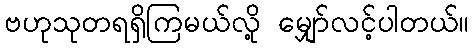
ဗဟုသုတရရှိကြမယ်လို့ မျှော်လင့်ပါတယ်။